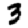
Digit: 3